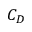
C _ { D }